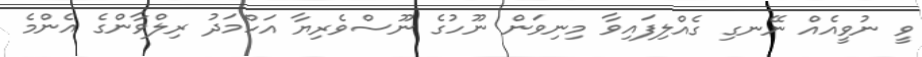
ވީ ނުވީއެއް ނޭނގި ގެއްލިފައިވާ މިނިވަން ނޫހުގެ ނޫސްވެރިޔާ އަހްމަދު ރިލްވާންގެ އެންމެ